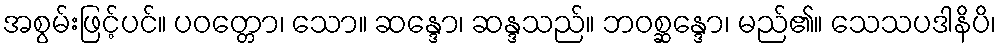
အစွမ်းဖြင့်ပင်။ ပဝတ္တော၊ သော။ ဆန္ဒော၊ ဆန္ဒသည်။ ဘဝစ္ဆန္ဒော၊ မည်၏။ သေသပဒါနိပိ၊